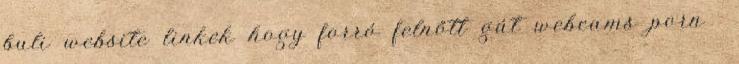
buli website linkek hogy forró felnőtt gát webcams porn